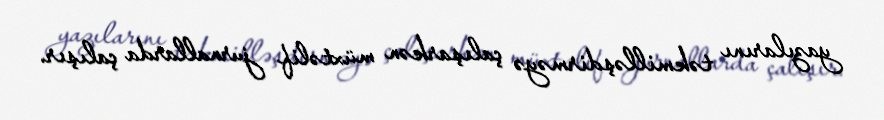
yazılarını təkmilləşdirməyə çalışarkən müxtəlif jurnallarda çalışır.